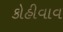
કોહીવાવ